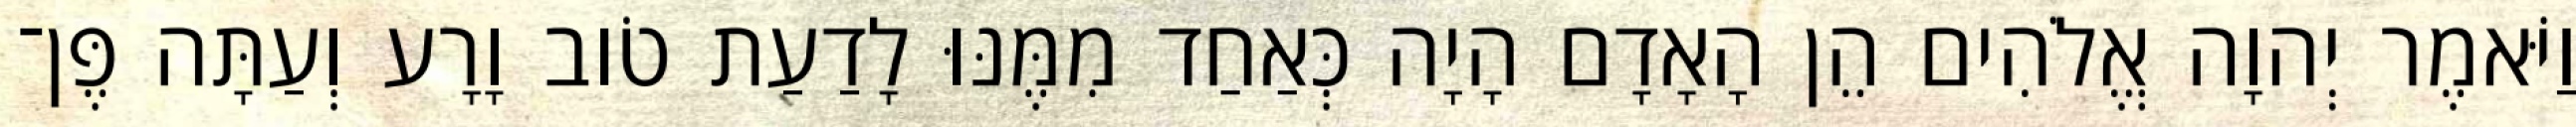
וַיֹּאמֶר יְהוָה אֱלֹהִים הֵן הָאָדָם הָיָה כְּאַחַד מִמֶּנּוּ לָדַעַת טֹוב וָרָע וְעַתָּה פֶּן־